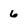
Character: 6